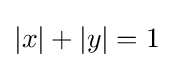
|x|+|y|=1